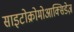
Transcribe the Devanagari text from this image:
साइटोक्रोमोआक्सिडेज़